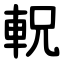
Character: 軦